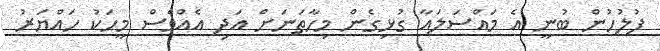
ފުލުހުން ބުނީ އެ މައްސަލައާ ގުޅިގެން މިހާތަނަށް އަދި އެއްވެސް މީހަކު ހައްޔަރު